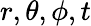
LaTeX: r,\theta,\phi,t